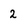
Character: 2